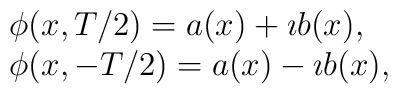
\begin{array}{l}\phi(x,T/2)=a(x)+\imath b(x), \nonumber \\\phi(x,-T/2)=a(x)-\imath b(x),\end{array}